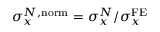
\sigma _ { x } ^ { N , \mathrm { n o r m } } = \sigma _ { x } ^ { N } / \sigma _ { x } ^ { \mathrm { F E } }